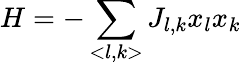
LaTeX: H=-\sum_{<l,k>}J_{l,k}x_{l}x_{k}